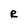
Character: R